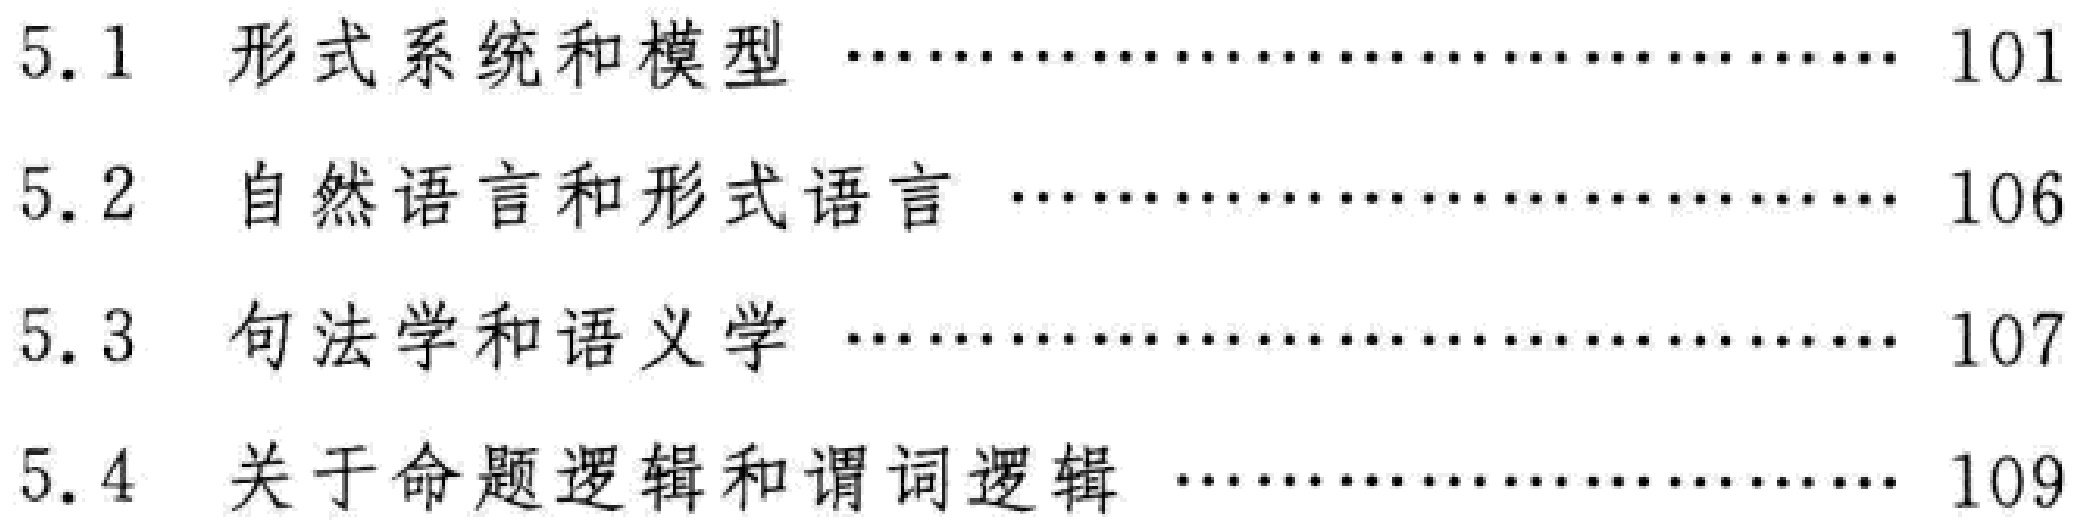
\begin{enumerate}

\item[5.1] 形式系统和模型 \hfill 101

\item[5.2] 自然语言和形式语言 \hfill 106

\item[5.3] 句法学和语义学 \hfill 107

\item[5.4] 关于命题逻辑和谓词逻辑 \hfill 109

\end{enumerate}